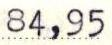
84,95